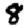
Digit: 8